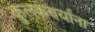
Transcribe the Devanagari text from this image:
कुलकर्ण्यांना